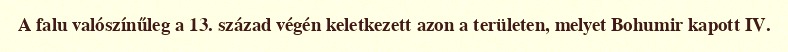
A falu valószínűleg a 13. század végén keletkezett azon a területen, melyet Bohumir kapott IV.